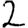
Digit: 2